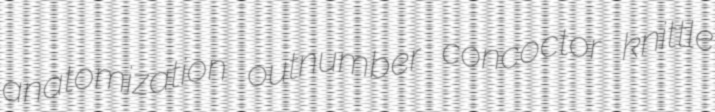
anatomization outnumber concoctor knittle